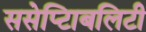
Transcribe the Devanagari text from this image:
ससेप्टिाबलिटी